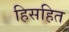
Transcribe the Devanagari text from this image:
हिसहित